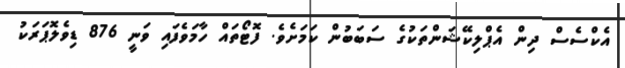
އެކްސެސް ދިން އެޕްލިކޭޝަންތަކުގެ ސަބަބުން ކަމަށެވެ. ފޮޓޯތައް ހާމަވެފައި ވަނީ 876 ޑިވެލޮޕަރަކު